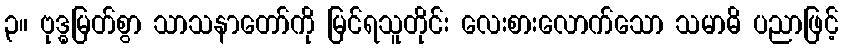
၃။ ဗုဒ္ဓမြတ်စွာ သာသနာတော်ကို မြင်ရသူတိုင်း လေးစားလောက်သော သမာဓိ ပညာဖြင့်